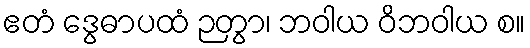
ဧတံ ဒွေဓာပထံ ဉတွာ၊ ဘဝါယ ဝိဘဝါယ စ။